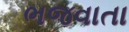
ભજવાતા